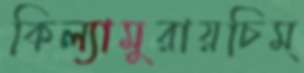
কিল্যামুরায়চিম্